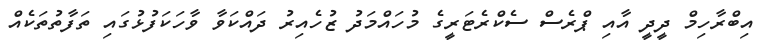
އިބްރާހިމް ދީދީ އާއި ޕްރެސް ސެކްރެޓަރީގެ މުހައްމަދު ޒުހެއިރު ދައްކަވާ ވާހަކަފުޅުގައި ތަފާތުތަކެއް